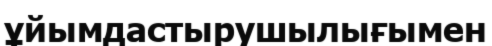
ұйымдастырушылығымен